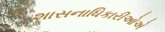
શાસનાધિકારીઓએ